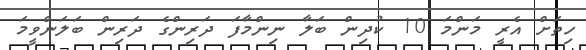
ހިތަށް އެރީ މަންމަ 10 ކުދިން ބަލާ ނިންމާފަ ދަރިންގެ ދަރިން ބަލަންވީމަ